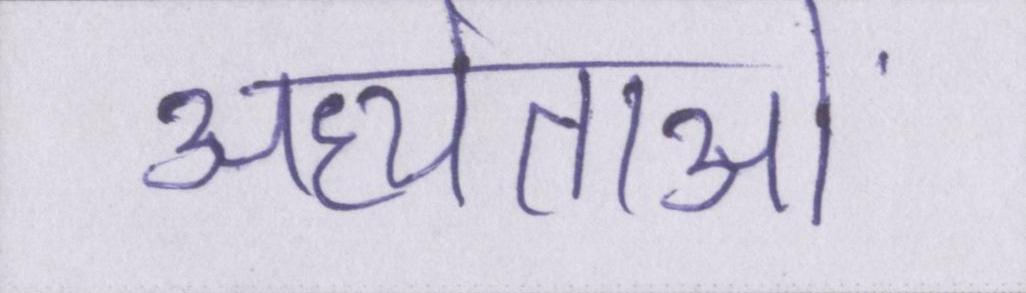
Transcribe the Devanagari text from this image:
अध्येताओं